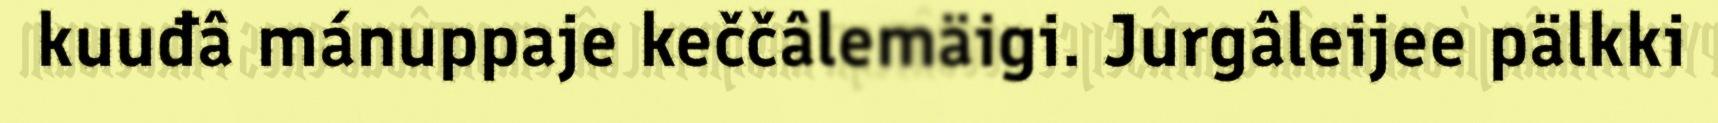
kuuđâ mánuppaje keččâlemäigi. Jurgâleijee pälkki